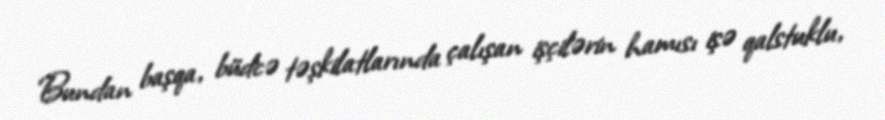
Bundan başqa, büdcə təşkilatlarında çalışan işçilərin hamısı işə qalstuklu,